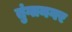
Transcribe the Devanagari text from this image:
तुंगानगर